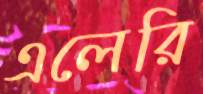
এলেরি